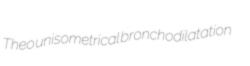
Theo unisometrical bronchodilatation